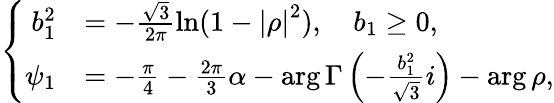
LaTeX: \left\{ \begin{array}{rl}{b_{1}^{2}}&{=-\frac{\sqrt{3}}{2\pi}\ln(1-\left|\rho\right|^{2}),\quad b_{1}\geq 0,}\\ {\psi_{1}}&{=-\frac{\pi}{4}-\frac{2\pi}{3}\alpha-\arg\Gamma\left(-\frac{b_{1}^{2}}{\sqrt{3}}i\right)-\arg\rho,}\end{array}\right.